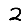
Digit: 2